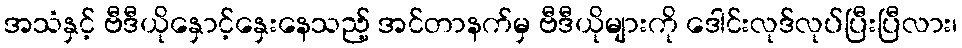
အသံနှင့် ဗီဒီယိုနှောင့်နှေးနေသည့် အင်တာနက်မှ ဗီဒီယိုများကို ဒေါင်းလုဒ်လုပ်ပြီးပြီလား၊